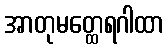
အာတုမတ္ထေရဂါထာ